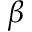
\beta